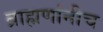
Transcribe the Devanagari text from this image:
ब्राह्मणांनीच